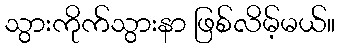
သွားကိုက်သွားနာ ဖြစ်လိမ့်မယ်။